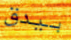
بيدق